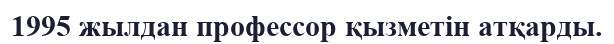
1995 жылдан профессор қызметін атқарды.